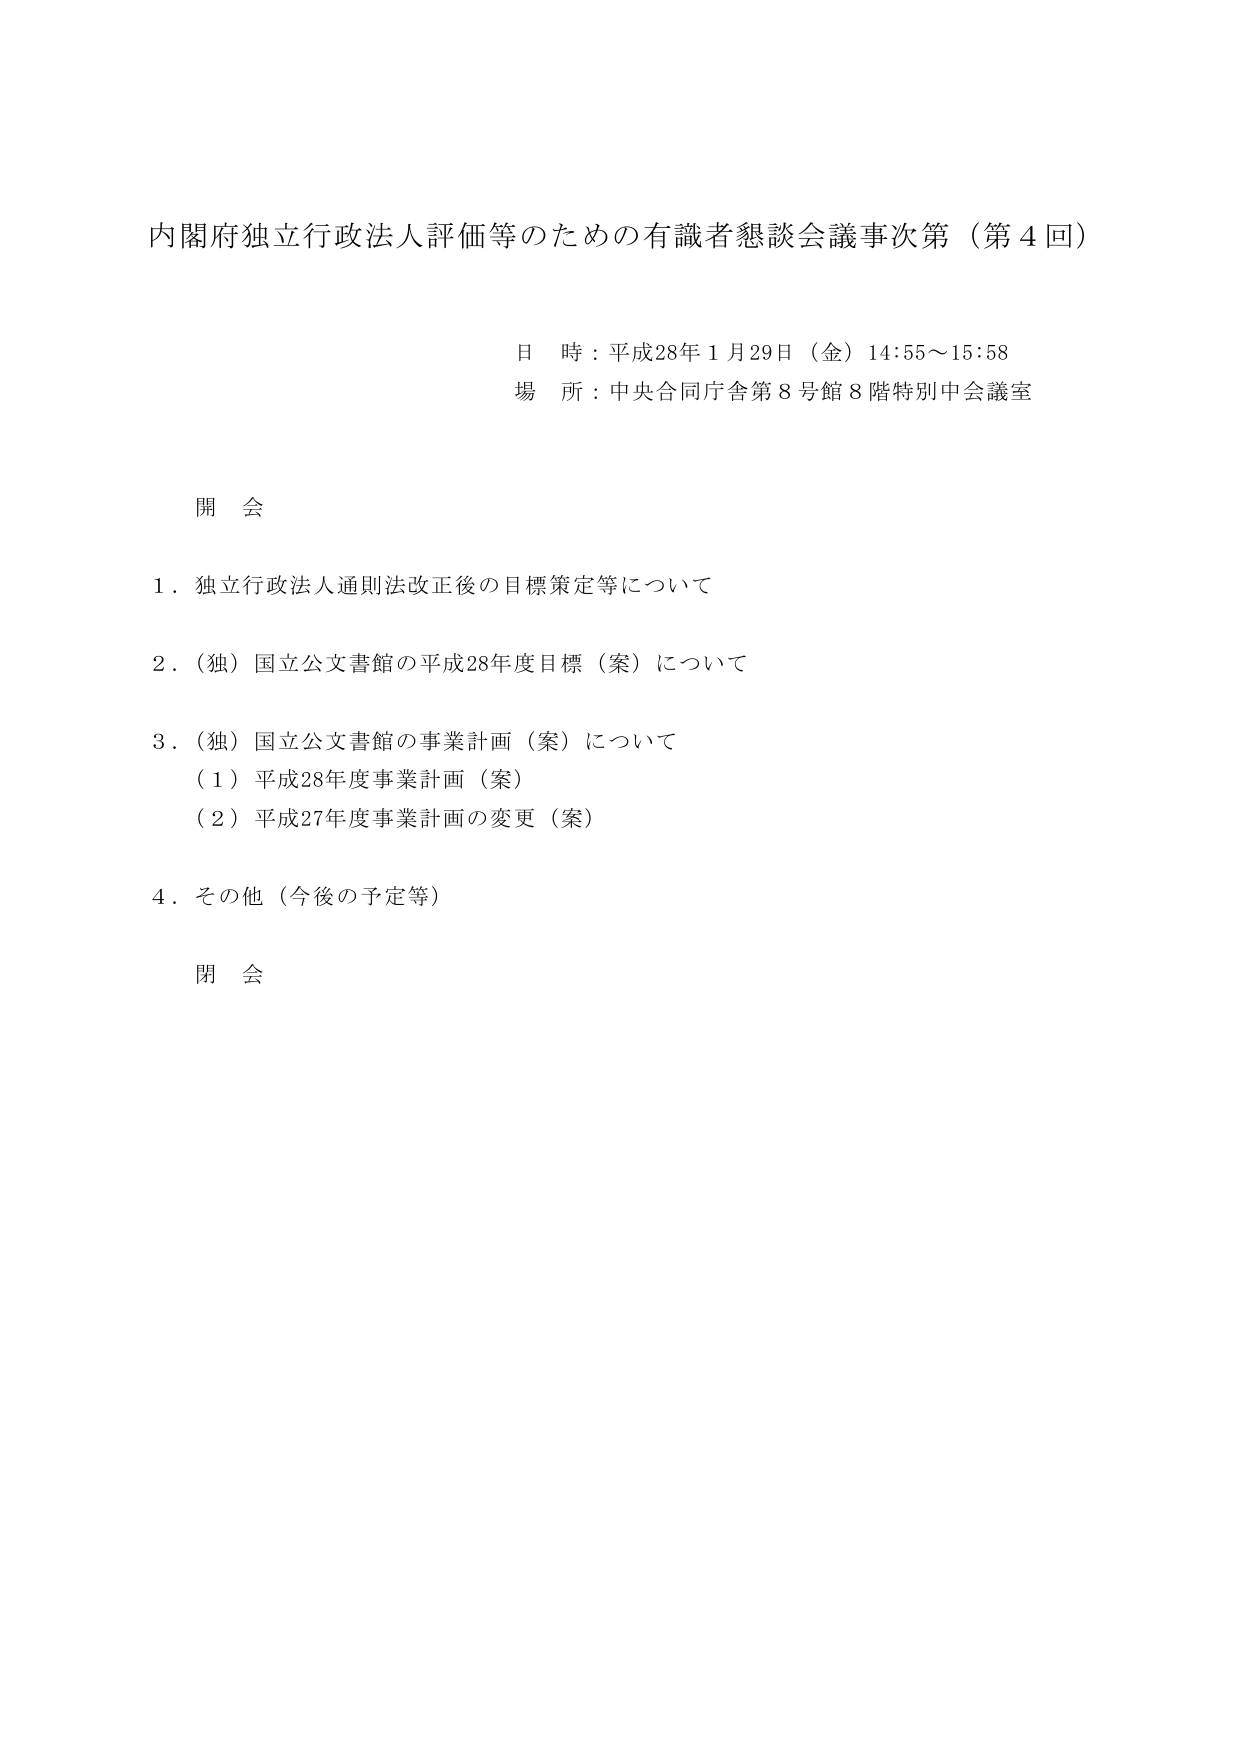
内閣府独立行政法人評価等のための有識者懇談会議事次第（第４回）

日 時：平成28年１月29日（金）14:55～15:58
場 所：中央合同庁舎第８号館８階特別中会議室

開 会

１．独立行政法人通則法改正後の目標策定等について

２．（独）国立公文書館の平成28年度目標（案）について

３．（独）国立公文書館の事業計画（案）について
　（１）平成28年度事業計画（案）
　（２）平成27年度事業計画の変更（案）

４．その他（今後の予定等）

閉 会